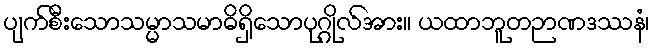
ပျက်စီးသောသမ္မာသမာဓိရှိသောပုဂ္ဂိုလ်အား။ ယထာဘူတဉာဏဒဿနံ၊